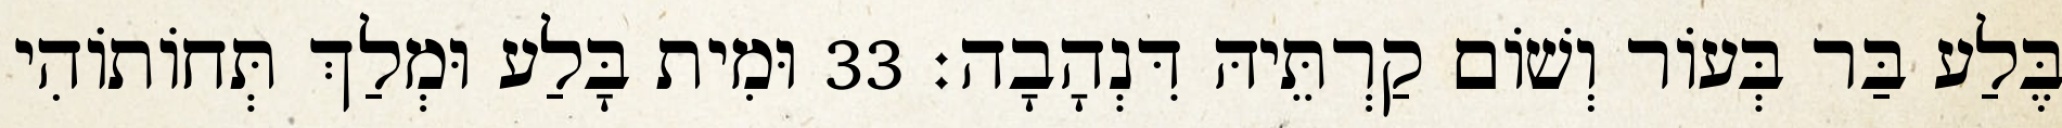
בֶּלַע בַּר בְּעוֹר וְשׁוֹם קַרְתֵּיהּ דִּנְהָבָה׃ 33 וּמִית בָּלַע וּמְלַךְ תְּחוֹתוֹהִי